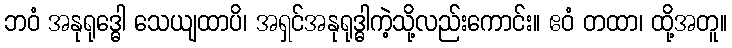
ဘဝံ အနုရုဒ္ဓေါ သေယျထာပိ၊ အရှင်အနုရုဒ္ဓါကဲ့သို့လည်းကောင်း။ ဧဝံ တထာ၊ ထို့အတူ။